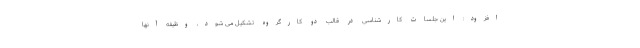
افزود: این جلسات کارشناسی در قالب دو کارگروه تشکیل می شود، وظیفه آنها